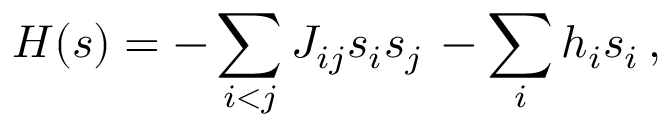
{ \cal H } ( s ) = - \sum _ { i < j } J _ { i j } s _ { i } s _ { j } \, - \sum _ { i } h _ { i } s _ { i } \, ,